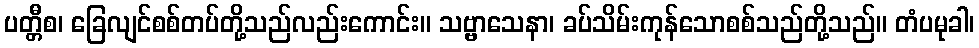
ပတ္တီစ၊ ခြေလျင်စစ်တပ်တို့သည်လည်းကောင်း။ သဗ္ဗာသေနာ၊ ခပ်သိမ်းကုန်သောစစ်သည်တို့သည်။ တံပမုခါ၊